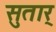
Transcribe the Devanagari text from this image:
सुतार्